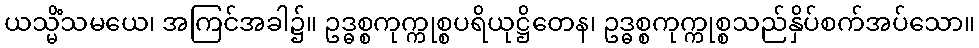
ယသ္မိံသမယေ၊ အကြင်အခါ၌။ ဥဒ္ဓစ္စကုက္ကုစ္စပရိယုဋ္ဌိတေန၊ ဥဒ္ဓစ္စကုက္ကုစ္စသည်နှိပ်စက်အပ်သော။